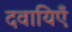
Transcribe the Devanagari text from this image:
दवायिएँ